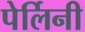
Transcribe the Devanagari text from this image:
पेर्लिनी